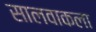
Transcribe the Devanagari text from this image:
सालवाकला